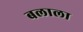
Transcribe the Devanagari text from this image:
बलाला